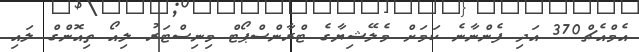
އެމްއެޗް370 އަދި ފެންނާނެ ކަމަށް މެލޭޝިޔާގެ ޓްރާންސްޕޯޓް މިނިސްޓަރު ލިއޯ ތިއޮންގް ލައި